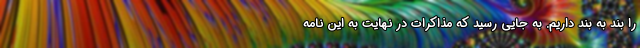
را بند به بند داریم. به جایی رسید که مذاکرات در نهایت به این نامه